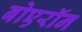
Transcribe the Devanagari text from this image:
बोएरॉन